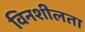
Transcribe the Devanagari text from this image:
विनशीलता